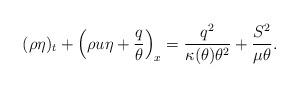
LaTeX: \begin{align*}(\rho \eta)_t + \left(\rho u \eta+\frac{q}{\theta}\right)_x=\frac{q^2}{\kappa(\theta) \theta^2}+\frac{S^2}{\mu\theta}.\end{align*}